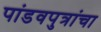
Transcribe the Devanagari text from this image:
पांडवपुत्रांचा